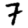
Digit: 7